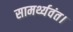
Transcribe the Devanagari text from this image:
सामर्थ्यवंत।